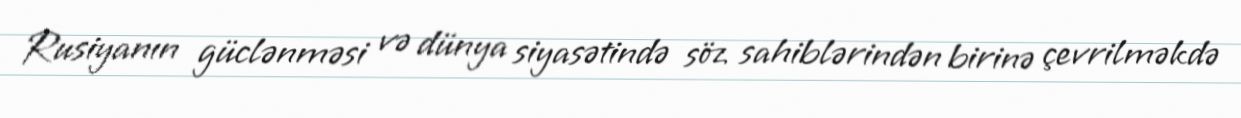
Rusiyanın güclənməsi və dünya siyasətində söz sahiblərindən birinə çevrilməkdə